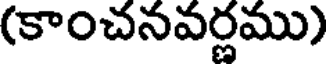
(కాంచనవర్ణము)